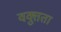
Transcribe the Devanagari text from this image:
वक्तुता